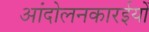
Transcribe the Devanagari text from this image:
आंदोलनकारईयों